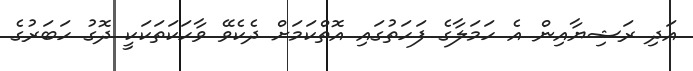
އަދި ރަޝިޔާއިން އެ ހަމަލާގެ ފަހަތުގައި އޮތްކަމަށް ދެކެވޭ ވާހަކަތަކަކީ ދޮގު ހަބަރުގެ